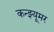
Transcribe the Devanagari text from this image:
कन्झ्यूमर